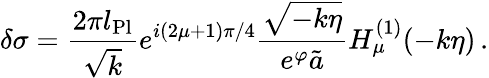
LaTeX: \delta\sigma={\frac{2\pi l_{\mathrm{Pl}}}{\sqrt{k}}}e^{i(2\mu+1)\pi/4}{\frac{\sqrt{-k\eta}}{e^{\varphi}\tilde{a}}}H_{\mu}^{(1)}(-k\eta)\, .